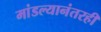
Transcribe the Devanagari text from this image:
मांडल्यानंतरही